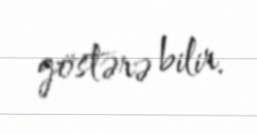
göstərə bilir.